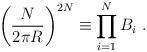
LaTeX: \begin{align*}\left({N \over2\pi R} \right)^{2 N} \equiv\prod_{i=1}^N B_i \ .\end{align*}